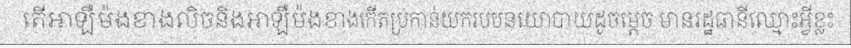
តើអាឡឺម៉ងខាងលិចនិងអាឡឺម៉ងខាងកើតប្រកាន់យករបបនយោបាយដូចម្តេច មានរដ្ឋធានីឈ្មោះអ្វីខ្លះ